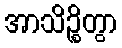
အာသိဉ္စိတွာ